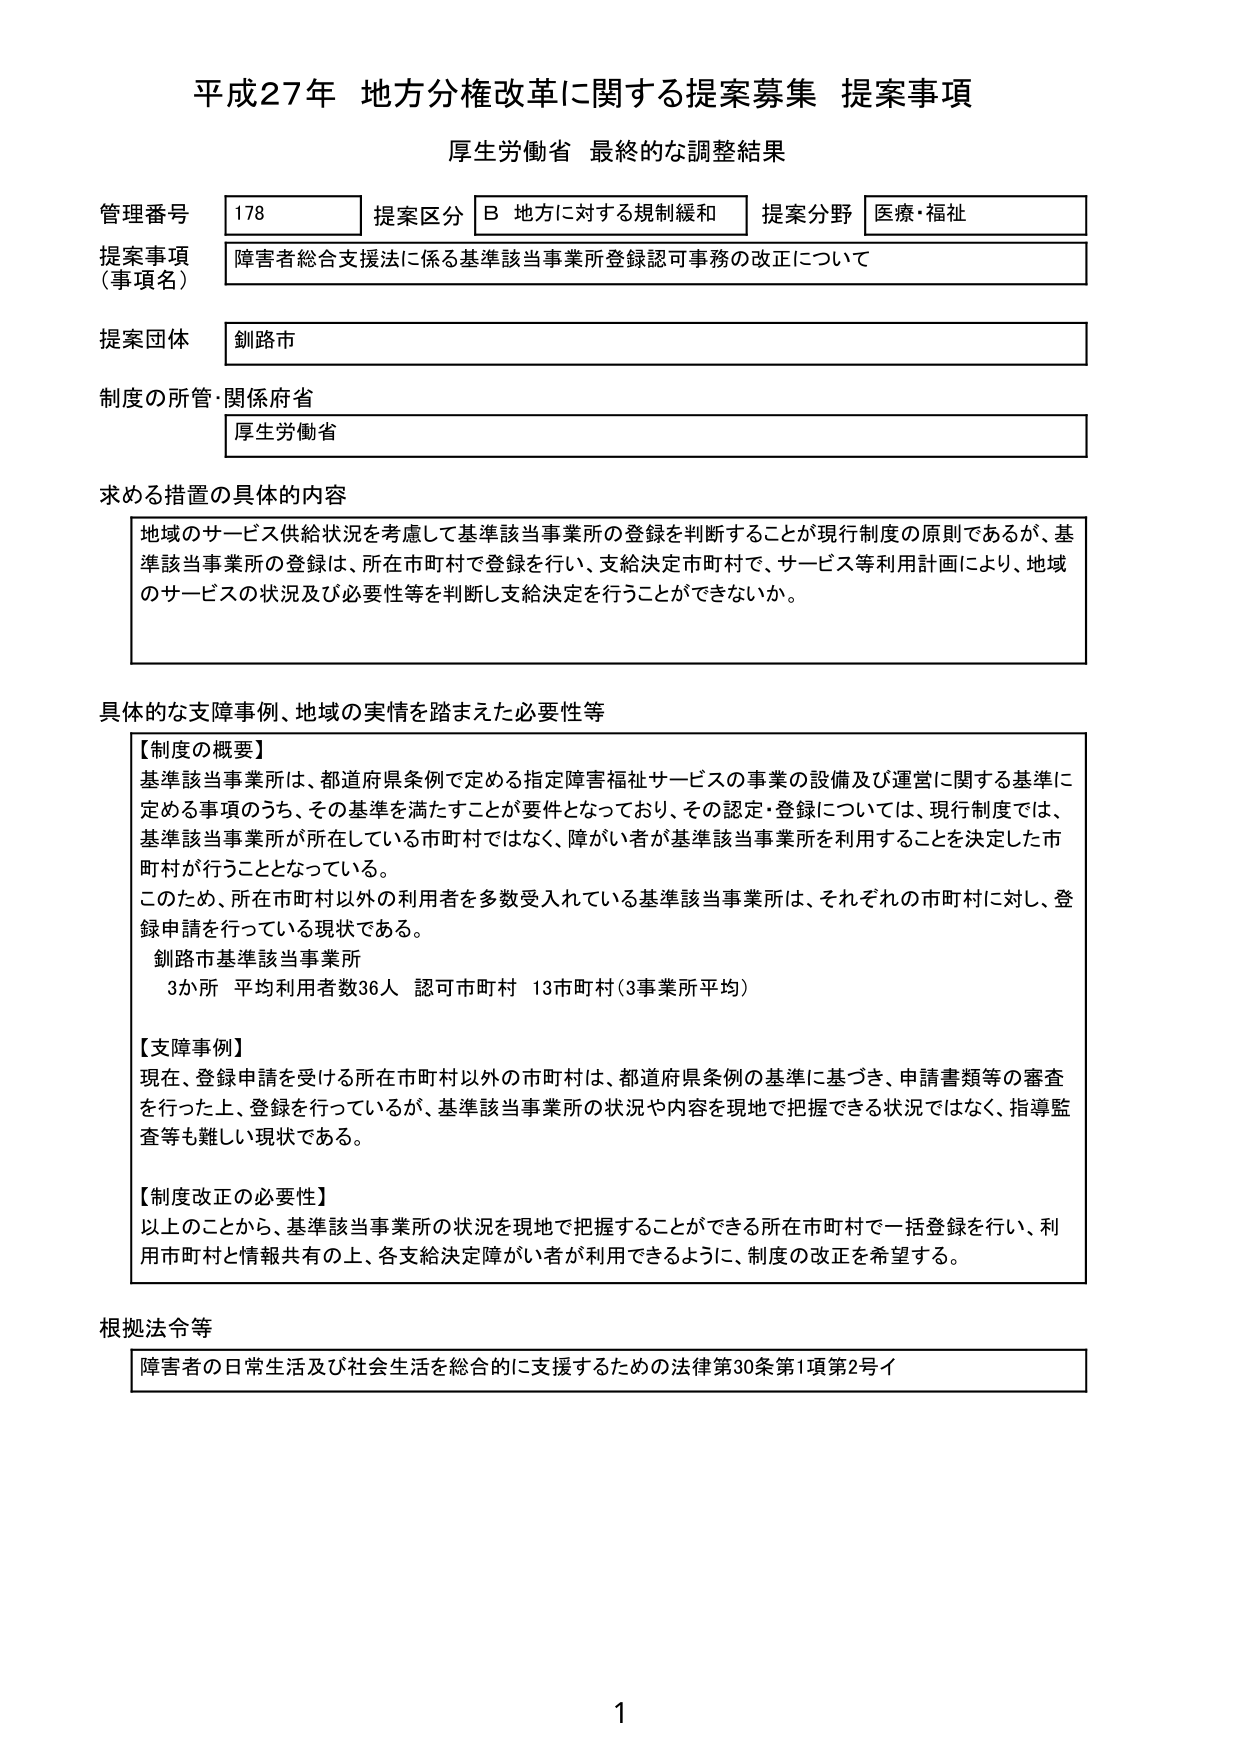
平成27年 地方分権改革に関する提案募集 提案事項
厚生労働省 最終的な調整結果

管理番号 178
提案区分 B 地方に対する規制緩和
提案分野 医療・福祉

提案事項（事項名）
障害者総合支援法に係る基準該当事業所登録認可事務の改正について

提案団体
釧路市

制度の所管・関係府省
厚生労働省

求める措置の具体的内容
地域のサービス供給状況を考慮して基準該当事業所の登録を判断することが現行制度の原則であるが、基準該当事業所の登録は、所在市町村で登録を行い、支給決定市町村で、サービス等利用計画により、地域のサービスの状況及び必要性等を判断し支給決定を行うことができないか。

具体的な支障事例、地域の実情を踏まえた必要性等
【制度の概要】
基準該当事業所は、都道府県条例で定める指定障害福祉サービスの事業の設備及び運営に関する基準に定める事項のうち、その基準を満たすことが要件となっており、その認定・登録については、現行制度では、基準該当事業所が所在している市町村ではなく、障がい者が基準該当事業所を利用することを決定した市町村が行うこととなっている。
このため、所在市町村以外の利用者を多数受入れている基準該当事業所は、それぞれの市町村に対し、登録申請を行っている現状である。
釧路市基準該当事業所
3か所 平均利用者数36人 認可市町村 13市町村（3事業所平均）

【支障事例】
現在、登録申請を受ける所在市町村以外の市町村は、都道府県条例の基準に基づき、申請書類等の審査を行った上、登録を行っているが、基準該当事業所の状況や内容を現地で把握できる状況ではなく、指導監査等も難しい現状である。

【制度改正の必要性】
以上のことから、基準該当事業所の状況を現地で把握することができる所在市町村で一括登録を行い、利用市町村と情報共有の上、各支給決定障がい者が利用できるように、制度の改正を希望する。

根拠法令等
障害者の日常生活及び社会生活を総合的に支援するための法律第30条第1項第2号イ

1